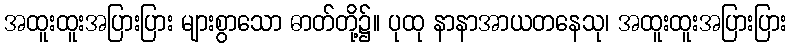
အထူးထူးအပြားပြား များစွာသော ဓာတ်တို့၌။ ပုထု နာနာအာယတနေသု၊ အထူးထူးအပြားပြား